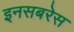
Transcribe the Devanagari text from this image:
इनसबरेस